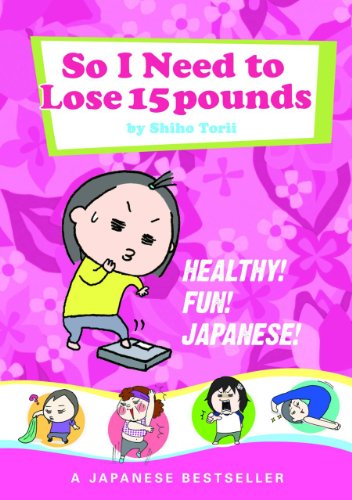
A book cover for So I Need to Lose 15 Pounds; Shiho Torii; Comics & Graphic Novels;